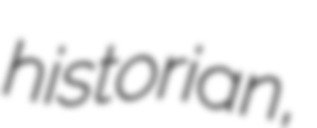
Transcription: historian,